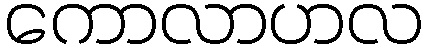
ကောလာဟလ